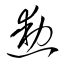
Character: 勳